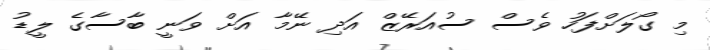
މި ގޯލަށްފަހު ވެސް ސުއަރޭޒް އަދި ނޭމާ އަށް ވަނީ ބާސާގެ ލީޑު